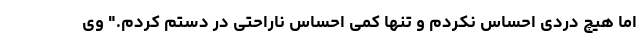
اما هیچ دردی احساس نکردم و تنها کمی احساس ناراحتی در دستم کردم." وی